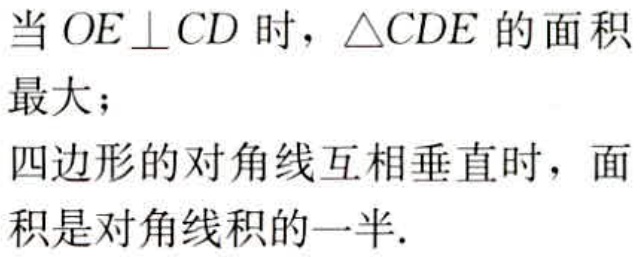
当 \(OE\perp CD\) 时，\(\triangle CDE\) 的面积
最大；
四边形的对角线互相垂直时，面积是对角线积的一半.